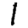
Digit: 1